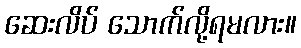
ဆေးလိပ် သောက်လို့ရမလား။